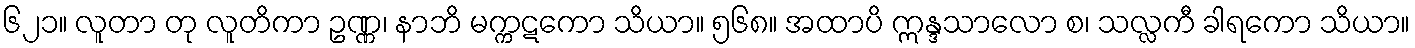
၆၂၁။ လူတာ တု လူတိကာ ဥဏ္ဏ၊ နာဘိ မက္ကဋကော သိယာ။ ၅၆၈။ အထာပိ ဣန္ဒသာလော စ၊ သလ္လကီ ခါရကော သိယာ။